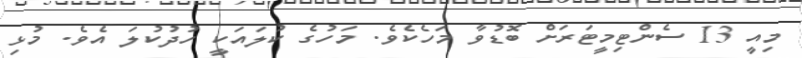
މިއީ 13 ސެންޓިމީޓަރަށް ބޮޑުވާ މަހެކެވެ. މަހުގެ ކުލައަކީ ހުދުކުލަ އެވެ. މުޅި